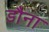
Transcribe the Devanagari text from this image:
डौना